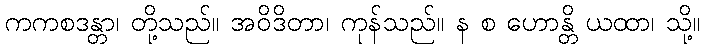
ကကစဒန္တာ၊ တို့သည်။ အဝိဒိတာ၊ ကုန်သည်။ န စ ဟောန္တိ ယထာ၊ သို့။